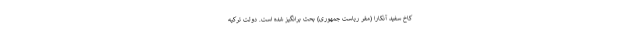
کاخ سفید آنکارا (مقر ریاست جمهوری) بحث برانگیز شده است. دولت ترکیه